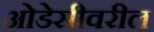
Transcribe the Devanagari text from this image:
ओडेसीवरील